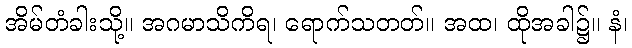
အိမ်တံခါးသို့။ အဂမာသိကိရ၊ ရောက်သတတ်။ အထ၊ ထိုအခါ၌။ နံ၊